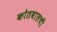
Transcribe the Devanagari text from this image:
कोतवालची